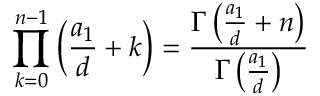
\prod _ { k = 0 } ^ { n - 1 } \left( { \frac { a _ { 1 } } { d } } + k \right) = { \frac { \Gamma \left( { \frac { a _ { 1 } } { d } } + n \right) } { \Gamma \left( { \frac { a _ { 1 } } { d } } \right) } }